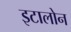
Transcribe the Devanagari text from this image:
इटालोन